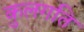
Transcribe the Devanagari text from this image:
कुलगति